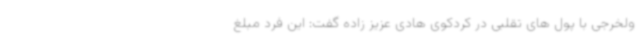
ولخرجی با پول های تقلبی در کردکوی هادی عزیز زاده گفت: این فرد مبلغ